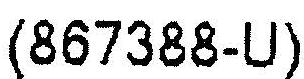
(867388-U)